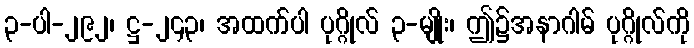
၃-ပါ-၂၉၂၊ ဋ္ဌ-၂၄၃၊ အထက်ပါ ပုဂ္ဂိုလ် ၃-မျိုး၊ ဤ၌အနာဂါမ် ပုဂ္ဂိုလ်ကို